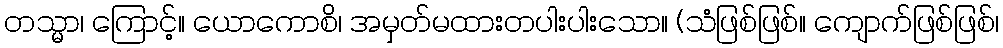
တသ္မာ၊ ကြောင့်။ ယောကောစိ၊ အမှတ်မထားတပါးပါးသော။ (သံဖြစ်ဖြစ်။ ကျောက်ဖြစ်ဖြစ်၊